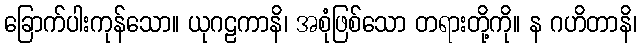
ခြောက်ပါးကုန်သော။ ယုဂဠကာနိ၊ အစုံဖြစ်သော တရားတို့ကို။ န ဂဟိတာနိ၊